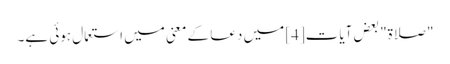
"صلاۃ" بعض آیات[4] میں دعا کے معنی میں استعمال ہوئی ہے۔